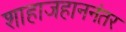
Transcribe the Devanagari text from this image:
शाहाजहाननंतर